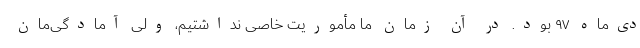
دی‌ماه ۹۷ بود. در آن زمان ما مأموریت خاصی نداشتیم، ولی آمادگی‌مان